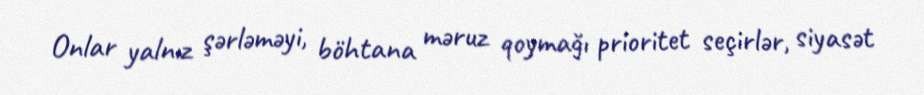
Onlar yalnız şərləməyi, böhtana məruz qoymağı prioritet seçirlər, siyasət